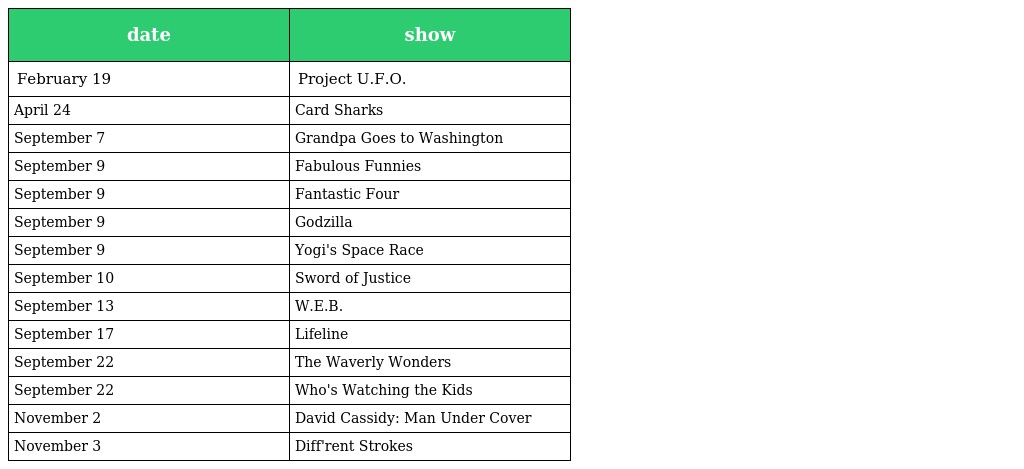
| date | show |
 | --- | --- |
 | February 19 | Project U.F.O. |
 | April 24 | Card Sharks |
 | September 7 | Grandpa Goes to Washington |
 | September 9 | Fabulous Funnies |
 | September 9 | Fantastic Four |
 | September 9 | Godzilla |
 | September 9 | Yogi's Space Race |
 | September 10 | Sword of Justice |
 | September 13 | W.E.B. |
 | September 17 | Lifeline |
 | September 22 | The Waverly Wonders |
 | September 22 | Who's Watching the Kids |
 | November 2 | David Cassidy: Man Under Cover |
 | November 3 | Diff'rent Strokes |